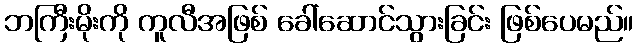
ဘကြီးမိုးကို ကူလီအဖြစ် ခေါ်ဆောင်သွားခြင်း ဖြစ်ပေမည်။